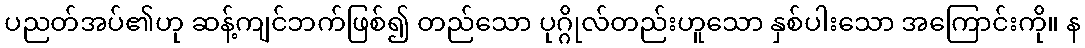
ပညတ်အပ်၏ဟု ဆန့်ကျင်ဘက်ဖြစ်၍ တည်သော ပုဂ္ဂိုလ်တည်းဟူသော နှစ်ပါးသော အကြောင်းကို။ န